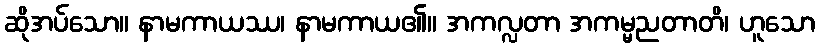
ဆိုအပ်သော။ နာမကာယဿ၊ နာမကာယ၏။ အကလ္လတာ အကမ္မညတာတိ၊ ဟူသော